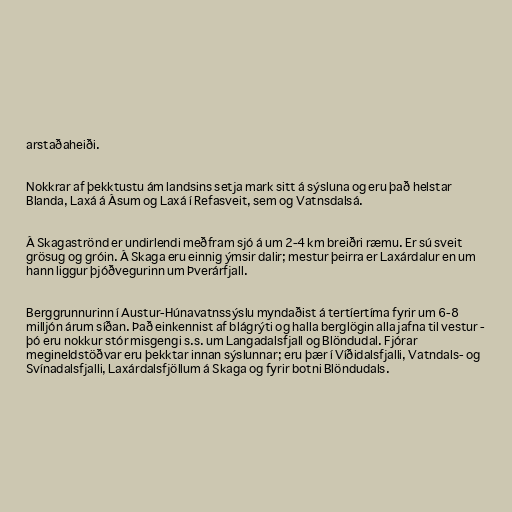
arstaðaheiði.

Nokkrar af þekktustu ám landsins setja mark sitt á sýsluna og eru það helstar
Blanda, Laxá á Ásum og Laxá í Refasveit, sem og Vatnsdalsá.

Á Skagaströnd er undirlendi meðfram sjó á um 2-4 km breiðri ræmu. Er sú sveit
grösug og gróin. Á Skaga eru einnig ýmsir dalir; mestur þeirra er Laxárdalur en um
hann liggur þjóðvegurinn um Þverárfjall.

Berggrunnurinn í Austur-Húnavatnssýslu myndaðist á tertíertíma fyrir um 6-8
milljón árum síðan. Það einkennist af blágrýti og halla berglögin alla jafna til vestur -
þó eru nokkur stór misgengi s.s. um Langadalsfjall og Blöndudal. Fjórar
megineldstöðvar eru þekktar innan sýslunnar; eru þær í Víðidalsfjalli, Vatndals- og
Svínadalsfjalli, Laxárdalsfjöllum á Skaga og fyrir botni Blöndudals.